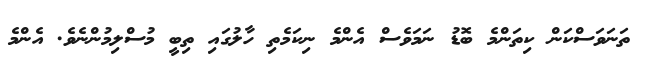
ތަނަވަސްކަން ކިތަންމެ ބޮޑު ނަމަވެސް އެންމެ ނިކަމެތި ހާލުގައި ތިބީ މުސްލިމުންނެވެ. އެންމެ